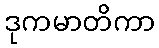
ဒုကမာတိကာ